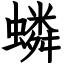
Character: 䗲